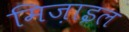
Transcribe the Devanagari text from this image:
मिज़ाइल